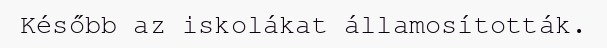
Később az iskolákat államosították.